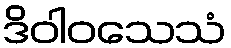
ဒိဝါဝသေသံ